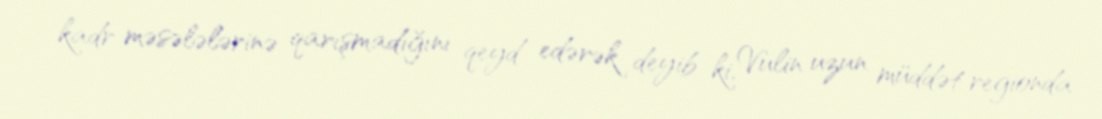
kadr məsələlərinə qarışmadığını qeyd edərək deyib ki, Vulin uzun müddət regionda